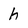
Character: h